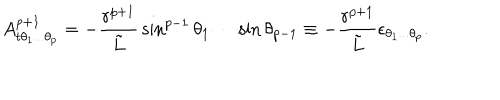
LaTeX: A _ { t \theta _ { 1 } . . . \theta _ { p } } ^ { p + 1 } = - { \frac { r ^ { p + 1 } } { \tilde { L } } } \sin ^ { p - 1 } \theta _ { 1 } \cdots \sin \theta _ { p - 1 } \equiv - { \frac { r ^ { p + 1 } } { \tilde { L } } } \epsilon _ { \theta _ { 1 } . . . \theta _ { p } } .